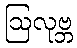
ဩလုဗ္ဘ